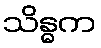
သိန္ဓက